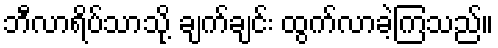
ဘီလာရိပ်သာသို့ ချက်ချင်း ထွက်လာခဲ့ကြသည်။